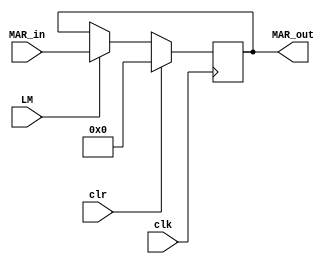
module MAR (LM,clk,clr,MAR_in,MAR_out);
 input       LM,clk,clr;
 input  [3:0]MAR_in;
 output [3:0]MAR_out;
 reg [3:0]temp;
 
 always@(posedge clk)
 begin
 if (clr)    temp<=4'b0;
 else if(LM) temp<=MAR_in;
 else        temp<=temp;
 end
 
 assign MAR_out=temp;
 endmodule
 
 //-----testbench-----
 module Sim_MAR;
 reg       LM,clk,clr;
 reg  [3:0]MAR_in;
 wire [3:0]MAR_out;
   MAR H(LM,clk,clr,MAR_in,MAR_out);
   initial
   begin
         clk=1'b0; LM=1'b0; clr=1'b1; MAR_in=4'd5;// clear
   #100            LM=1'b1; clr=1'b1; //
   #100            LM=1'b1; clr=1'b0; // load
   #100            LM=1'b1; clr=1'b0;  MAR_in=4'd15;//load
   #100            LM=1'b0; clr=1'b1;
   end
   always
   #50 clk=~clk;
   endmodule